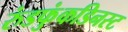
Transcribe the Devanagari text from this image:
रुंडफुंकडिनस्ट